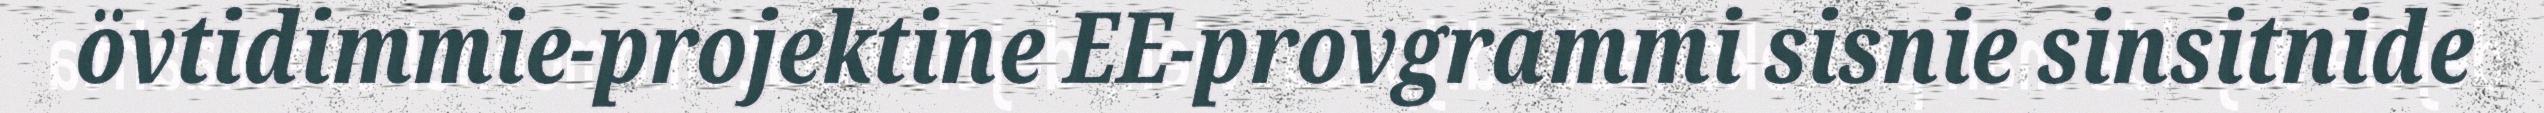
övtidimmie-projektine EE-provgrammi sisnie sinsitnide